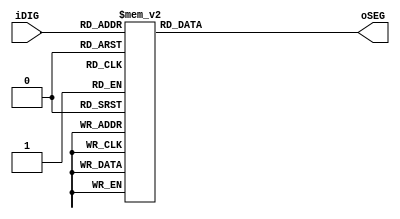
//Legal Notice: (C)2006 Altera Corporation. All rights reserved. Your
//use of Altera Corporation's design tools, logic functions and other
//software and tools, and its AMPP partner logic functions, and any
//output files any of the foregoing (including device programming or
//simulation files), and any associated documentation or information are
//expressly subject to the terms and conditions of the Altera Program
//License Subscription Agreement or other applicable license agreement,
//including, without limitation, that your use is for the sole purpose
//of programming logic devices manufactured by Altera and sold by Altera
//or its authorized distributors.  Please refer to the applicable
//agreement for further details.

module SEG7_LUT (   oSEG,iDIG   );
input   [3:0]   iDIG;
output  [6:0]   oSEG;
reg     [6:0]   oSEG;

always @(iDIG)
begin
        case(iDIG)
        4'h1: oSEG = 7'b1111001;    // ---t----
        4'h2: oSEG = 7'b0100100;    // |      |
        4'h3: oSEG = 7'b0110000;    // lt    rt
        4'h4: oSEG = 7'b0011001;    // |      |
        4'h5: oSEG = 7'b0010010;    // ---m----
        4'h6: oSEG = 7'b0000010;    // |      |
        4'h7: oSEG = 7'b1111000;    // lb    rb
        4'h8: oSEG = 7'b0000000;    // |      |
        4'h9: oSEG = 7'b0011000;    // ---b----
        4'ha: oSEG = 7'b0001000;
        4'hb: oSEG = 7'b0000011;
        4'hc: oSEG = 7'b1000110;
        4'hd: oSEG = 7'b0100001;
        4'he: oSEG = 7'b0000110;
        4'hf: oSEG = 7'b0001110;
        4'h0: oSEG = 7'b1000000;
        endcase
end
endmodule

module SEG7_LUT_4 ( oSEG0,oSEG1,oSEG2,oSEG3,iDIG );
input   [15:0]  iDIG;
output  [6:0]   oSEG0,oSEG1,oSEG2,oSEG3;

SEG7_LUT    u0  (   oSEG0,iDIG[3:0]     );
SEG7_LUT    u1  (   oSEG1,iDIG[7:4]     );
SEG7_LUT    u2  (   oSEG2,iDIG[11:8]    );
SEG7_LUT    u3  (   oSEG3,iDIG[15:12]   );

endmodule

// $Id: SEG7_LUT.v 85 2007-12-24 04:17:00Z svofski $